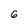
Character: 6